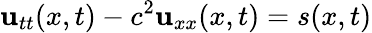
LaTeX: \mathbf{u}_{tt}(x,t)-c^{2}\mathbf{u}_{xx}(x,t)=s(x,t)